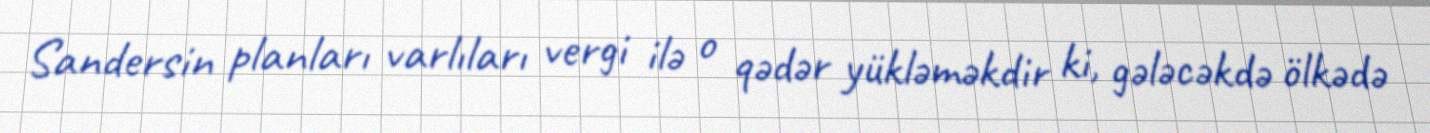
Sandersin planları varlıları vergi ilə o qədər yükləməkdir ki, gələcəkdə ölkədə